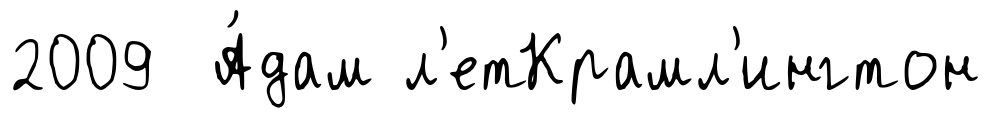
2009 А́дам л'етКрамл'ингтон